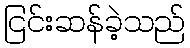
ငြင်းဆန်ခဲ့သည်